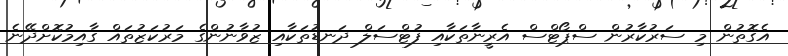
އެގޮތުން މި ސަރުކާރުން ސްޕޯޓްސް އެރީނާތަކާއި ފުޓްސަލް ދަނޑުތަކާއި ޒުވާނުންގެ މަރުކަޒުތައް ގާއިމުކޮށްދޭނެ